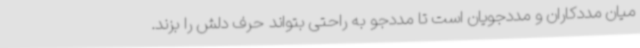
میان مددکاران و مددجویان است تا مددجو به راحتی بتواند حرف دلش را بزند.